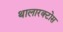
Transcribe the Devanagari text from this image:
थालारक्टोस